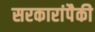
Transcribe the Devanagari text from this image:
सरकारांपैकी